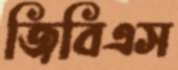
জিবিএস